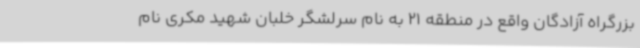
بزرگراه آزادگان واقع در منطقه 21 به نام سرلشگر خلبان شهید مکری نام